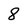
Character: 8